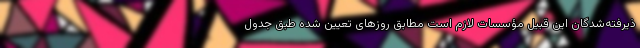
ذیرفته‌شدگان این قبیل مؤسسات لازم است مطابق روزهای تعیین شده طبق جدول